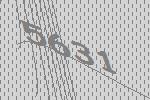
5631